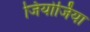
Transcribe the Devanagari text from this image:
जियोर्जिया